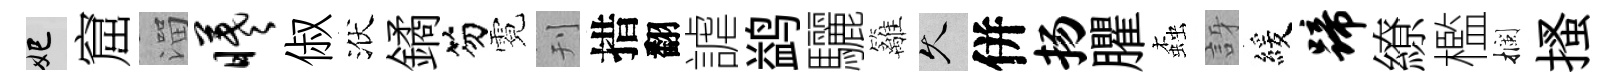
妃窟溜曦俶洑鐍笏霓刊措翻謔鹢驪籬久併扬臞螙訝緩蹄繚檻攔搔